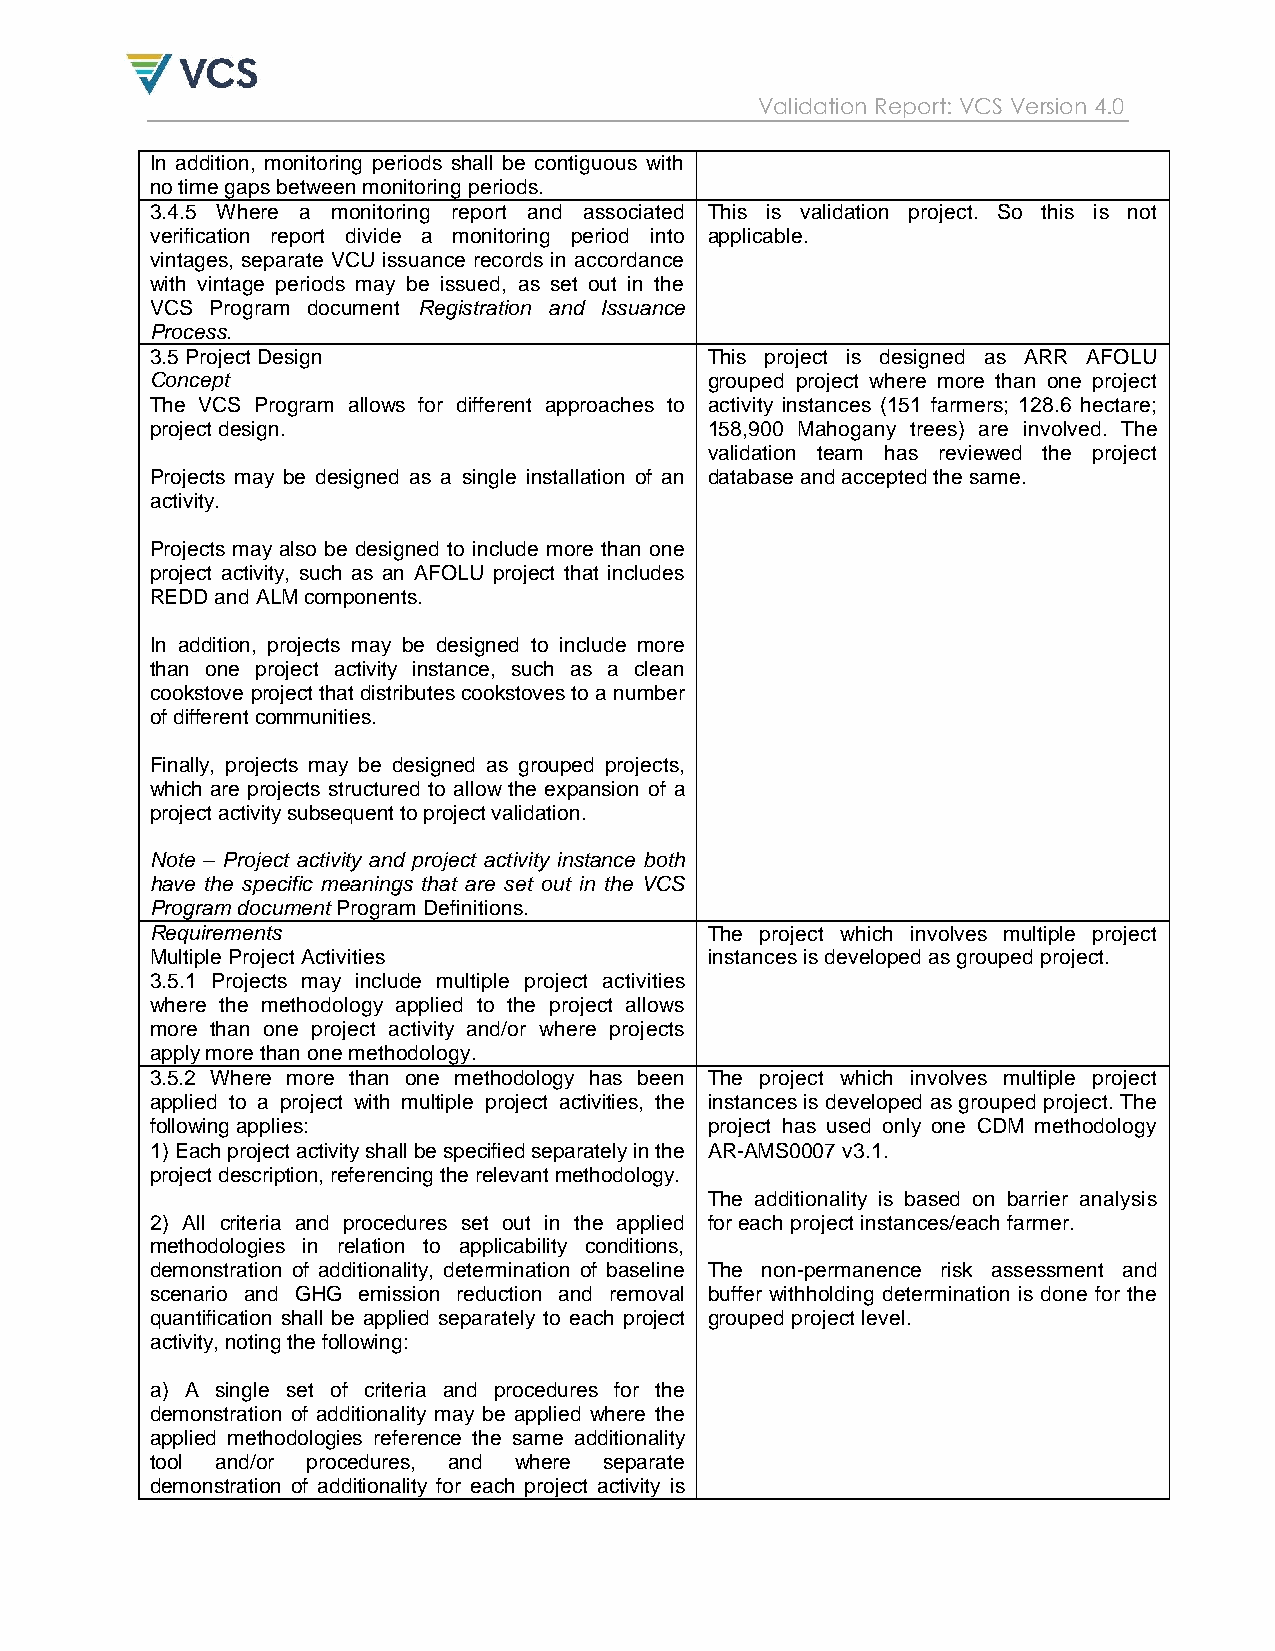
Validation Report: VCS Version 4.0
 In addition, monitoring periods shall be contiguous with
 no time gaps between monitoring periods.
 3.4.5 Where a monitoring report and associated This is validation project. So this is not
 verification report divide a monitoring period into applicable.
 vintages, separate VCU issuance records in accordance
 with vintage periods may be issued, as set out in the
 VCS Program document Registration and Issuance
 Process.
 3.5 Project Design                   This project is designed as ARR AFOLU
 Concept                              grouped project where more than one project
 The VCS Program allows for different approaches to activity instances (151 farmers; 128.6 hectare;
 project design.                      158,900 Mahogany trees) are involved. The
 validation team has reviewed the project
 Projects may be designed as a single installation of an database and accepted the same.
 activity.
 Projects may also be designed to include more than one
 project activity, such as an AFOLU project that includes
 REDD and ALM components.
 In addition, projects may be designed to include more
 than one project activity instance, such as a clean
 cookstove project that distributes cookstoves to a number
 of different communities.
 Finally, projects may be designed as grouped projects,
 which are projects structured to allow the expansion of a
 project activity subsequent to project validation.
 Note – Project activity and project activity instance both
 have the specific meanings that are set out in the VCS
 Program document Program Definitions.
 Requirements                         The project which involves multiple project
 Multiple Project Activities          instances is developed as grouped project.
 3.5.1 Projects may include multiple project activities
 where the methodology applied to the project allows
 more than one project activity and/or where projects
 apply more than one methodology.
 3.5.2 Where more than one methodology has been The project which involves multiple project
 applied to a project with multiple project activities, the instances is developed as grouped project. The
 following applies:                   project has used only one CDM methodology
 1) Each project activity shall be specified separately in the AR-AMS0007 v3.1.
 project description, referencing the relevant methodology.
 The additionality is based on barrier analysis
 2) All criteria and procedures set out in the applied for each project instances/each farmer.
 methodologies in relation to applicability conditions,
 demonstration of additionality, determination of baseline The non-permanence risk assessment and
 scenario and GHG emission reduction and removal buffer withholding determination is done for the
 quantification shall be applied separately to each project grouped project level.
 activity, noting the following:
 a) A single set of criteria and procedures for the
 demonstration of additionality may be applied where the
 applied methodologies reference the same additionality
 tool and/or procedures, and where separate
 demonstration of additionality for each project activity is